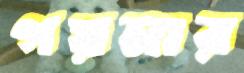
গয়নার